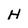
Character: H